Madras plague regulations and rules - Volume 2
Disease focus: Plague
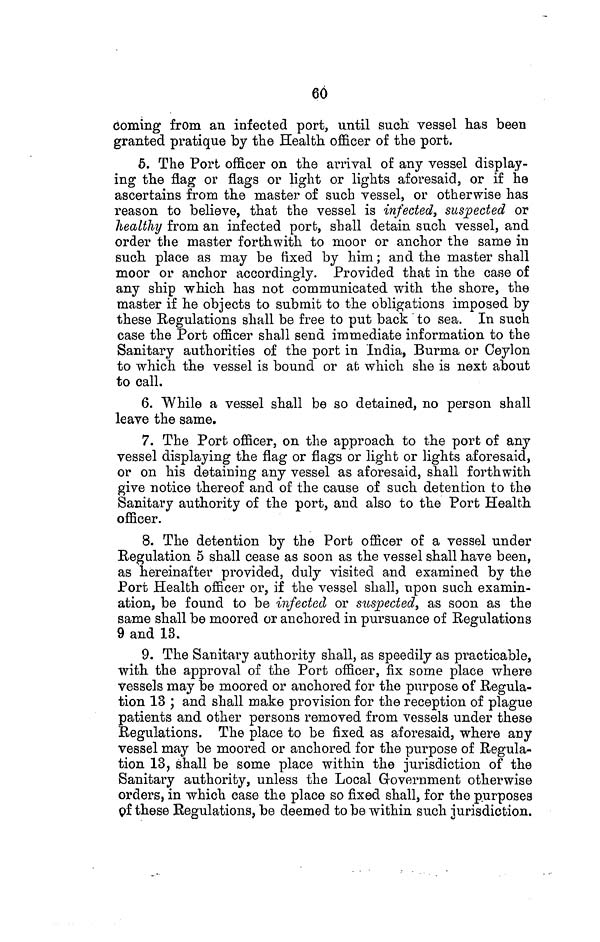
66
coming from an infected port, until such vessel has been
granted pratique by the Health officer of the port.
5. The Port officer on the arrival of any vessel display-
ing the flag or flags or light or lights aforesaid, or if he
ascertains from the master of such vessel, or otherwise has
reason to believe, that the vessel is infected, suspected or
healthy from an infected port, shall detain such vessel, and
order the master forthwith to moor or anchor the same in
such place as may be fixed by him; and the master shall
moor or anchor accordingly. Provided that in the case of
any ship which has not communicated with the shore, the
master if he objects to submit to the obligations imposed by
these Regulations shall be free to put back to sea. In such
case the Port officer shall send immediate information to the
Sanitary authorities of the port in India, Burma or Ceylon
to which the vessel is bound or at which she is next about
to call.
6. While a vessel shall be so detained, no person shall
leave the same.
7. The Port officer, on the approach to the port of any
vessel displaying the flag or flags or light or lights aforesaid,
or on his detaining any vessel as aforesaid, shall forthwith
give notice thereof and of the cause of such detention to the
Sanitary authority of the port, and also to the Port Health
officer.
8. The detention by the Port officer of a vessel under
Regulation 5 shall cease as soon as the vessel shall have been,
as hereinafter provided, duly visited and examined by the
Port Health officer or, if the vessel shall, upon such examin-
ation, be found to be infected or suspected, as soon as the
same shall be moored or anchored in pursuance of Regulations
9 and 13.
9. The Sanitary authority shall, as speedily as practicable,
with the approval of the Port officer, fix some place where
Vessels may be moored or anchored for the purpose of Regula-
tion 13 ; and shall make provision for the reception of plague
patients and other persons removed from vessels under these
Regulations. The place to be fixed as aforesaid, where any
vessel may be moored or anchored for the purpose of Regula-
tion 13, shall be some place within the jurisdiction of the
Sanitary authority, unless the Local Government otherwise
orders, in which case the place so fixed shall, for the purposes
of these Regulations, be deemed to be within such jurisdiction.